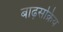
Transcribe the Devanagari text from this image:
बाढ़सक्रिय